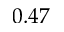
0 . 4 7